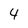
Character: 4